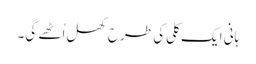
ہانی ایک کلی کی طرح کھلِ اُٹھے گی۔